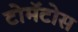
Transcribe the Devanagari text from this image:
टोमॅटोस